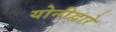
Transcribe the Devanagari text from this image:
योनीद्वारे